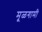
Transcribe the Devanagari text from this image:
मूळगामी